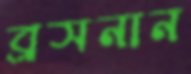
ব্রসনান